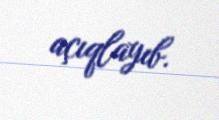
açıqlayıb.